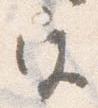
宮